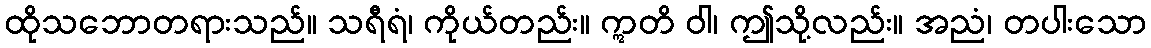
ထိုသဘောတရားသည်။ သရီရံ၊ ကိုယ်တည်း။ ဣတိ ဝါ၊ ဤသို့လည်း။ အညံ၊ တပါးသော